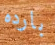
بارده